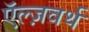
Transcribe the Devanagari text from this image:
ऍल्ज़वर्थ